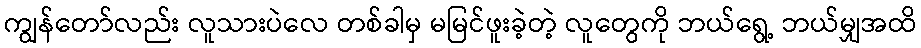
ကျွန်တော်လည်း လူသားပဲလေ တစ်ခါမှ မမြင်ဖူးခဲ့တဲ့ လူတွေကို ဘယ်ရွေ့ ဘယ်မျှအထိ